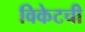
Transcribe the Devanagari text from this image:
विकेटची